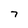
Character: 7